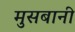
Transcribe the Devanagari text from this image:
मुसबानी